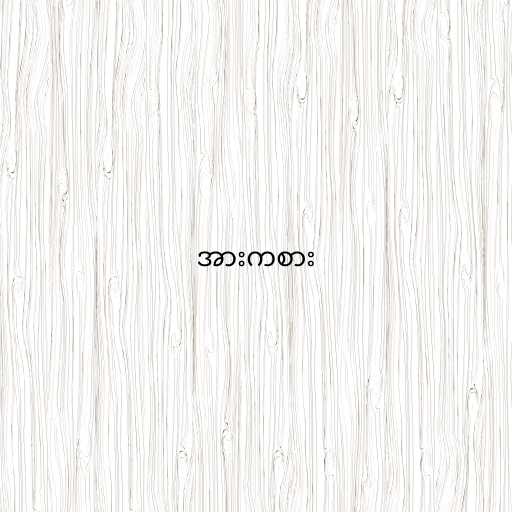
အားကစား